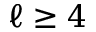
\ell \ge 4